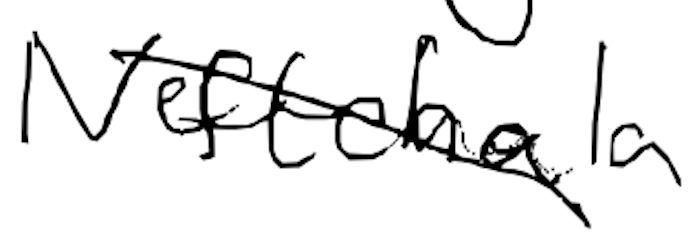
Text: Neftchala
Cross-out: diagonal
Writing tool: digital_black